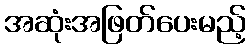
အဆုံးအဖြတ်ပေးမည့်